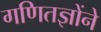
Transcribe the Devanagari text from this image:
गणितज्ञोंने